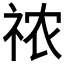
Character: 𰧾